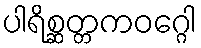
ပါရိစ္ဆတ္တကဝဂ္ဂေါ